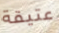
عتيقة